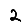
Digit: 2